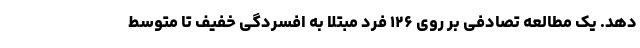
دهد. یک مطالعه تصادفی بر روی ۱۲۶ فرد مبتلا به افسردگی خفیف تا متوسط